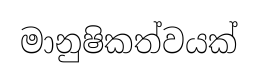
මානුෂිකත්වයක්